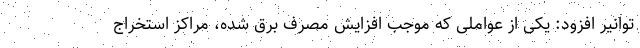
توانیر افزود: یکی از عواملی که موجب افزایش مصرف برق شده، مراکز استخراج